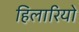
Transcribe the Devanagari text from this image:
हिलारियो